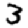
Digit: 3